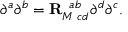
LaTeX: \partial ^ { a } \partial ^ { b } = { \bf R } _ { M \; c d } ^ { \; \; a b } \partial ^ { d } \partial ^ { c } .